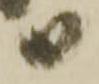
義